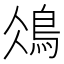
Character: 𩿕